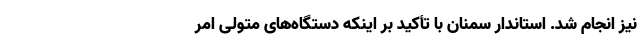
نیز انجام شد. استاندار سمنان با تأکید بر اینکه دستگاه‌های متولی امر